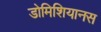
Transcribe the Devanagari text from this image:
डोमिशियानस